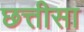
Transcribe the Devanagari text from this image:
छत्तीसा